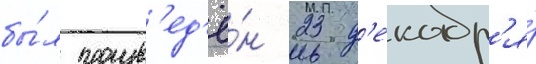
бы́л произв'ед'ё́н 23 д'екабр'я́